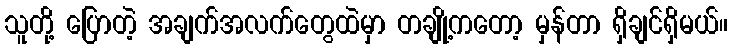
သူတို့ ပြောတဲ့ အချက်အလက်တွေထဲမှာ တချို့ကတော့ မှန်တာ ရှိချင်ရှိမယ်။